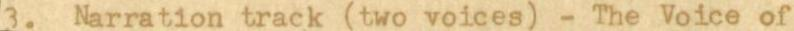
3. Narration track two voices - The Voice of